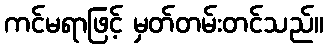
ကင်မရာဖြင့် မှတ်တမ်းတင်သည်။